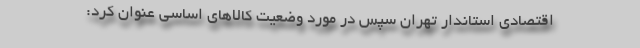
اقتصادی استاندار تهران سپس در مورد وضعیت کالاهای اساسی عنوان کرد: